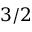
3 / 2